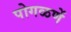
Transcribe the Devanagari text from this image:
पोगळणें